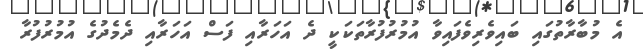
އެ މުބާރާތުގައި ބައިވެރިވެފައިވާ އުމުރުފުރާތަކަކީ ދެ އަހަރާއި ފަސް އަހަރާއި ދެމެދުގެ އުމުރުފުރާ